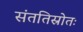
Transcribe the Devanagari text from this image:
संततिस्रोतः